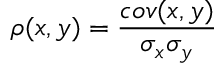
\rho ( x , y ) = \frac { c o v ( x , y ) } { \sigma _ { x } \sigma _ { y } }